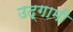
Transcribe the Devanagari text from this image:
उद्‌गामी